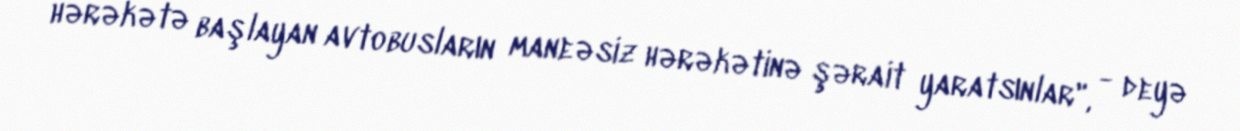
hərəkətə başlayan avtobusların maneəsiz hərəkətinə şərait yaratsınlar", - deyə